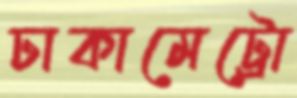
ঢাকামেট্রো